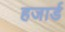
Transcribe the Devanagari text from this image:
हजार्ड